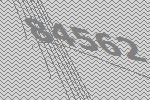
84562